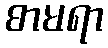
စာမရာ